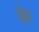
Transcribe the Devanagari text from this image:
ईक्ष